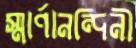
স্মার্ণানন্দিনী